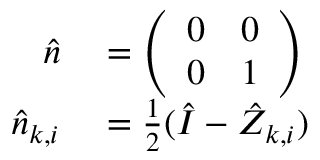
\begin{array} { r l } { \hat { n } } & { { } = \left( \begin{array} { l l } { 0 } & { 0 } \\ { 0 } & { 1 } \end{array} \right) } \\ { \hat { n } _ { k , i } } & { { } = \frac { 1 } { 2 } ( \hat { I } - \hat { Z } _ { k , i } ) } \end{array}